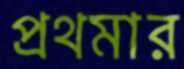
প্রথমার